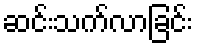
ဆင်းသက်လာခြင်း